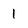
Character: 1